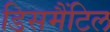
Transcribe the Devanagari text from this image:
डिसमैंटिल